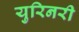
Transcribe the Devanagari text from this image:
युरिनरी